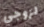
لزوجي